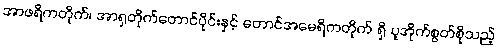
အာဖရိကတိုက်၊ အာရှတိုက်တောင်ပိုင်းနှင့် တောင်အမေရိကတိုက် ရှိ ပူအိုက်စွတ်စိုသည့်